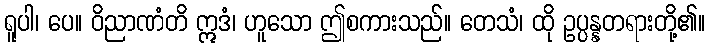
ရူပါ၊ ပေ။ ဝိညာဏံတိ ဣဒံ၊ ဟူသော ဤစကားသည်။ တေသံ၊ ထို ဥပ္ပန္နတရားတို့၏။